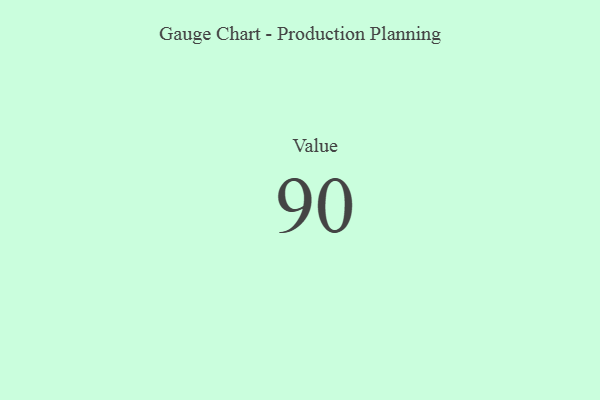
{"axis": {"x": "Metric", "y": "Value"}, "legend": [""], "data": [{"x": "Value", "y": 90, "type": ""}]}